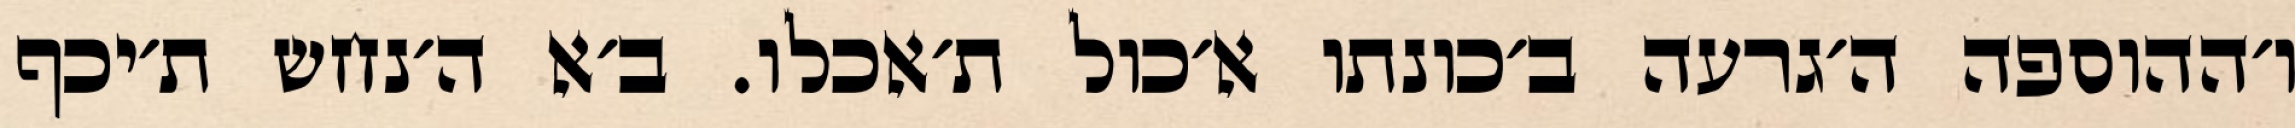
ו׳ההוספה ה׳גרעה ב׳כונתו א׳כול ת׳אכלו. ב׳א ה׳נחש ת׳יכף